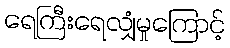
ရေကြီးရေလျှံမှုကြောင့်